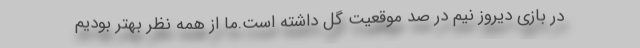
در بازی دیروز نیم در صد موقعیت گل داشته است.ما از همه نظر بهتر بودیم